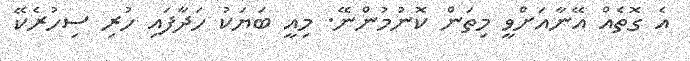
އެ ގޮތެއް އޭނާއަށްވީ މިތަން ކޮނުމުންނޭ. މިއީ ބަޔަކު ހަދާފައި ހުރި ސިހުރެކޭ